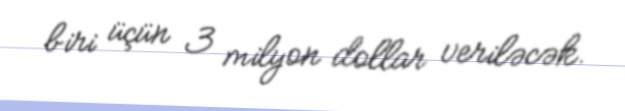
biri üçün 3 milyon dollar veriləcək.